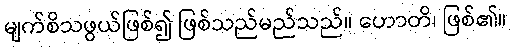
မျက်စိသဖွယ်ဖြစ်၍ ဖြစ်သည်မည်သည်။ ဟောတိ၊ ဖြစ်၏။